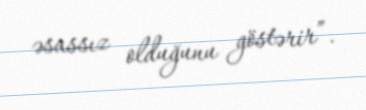
əsassız olduğunu göstərir”.